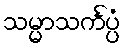
သမ္မာသင်္ကပ္ပံ